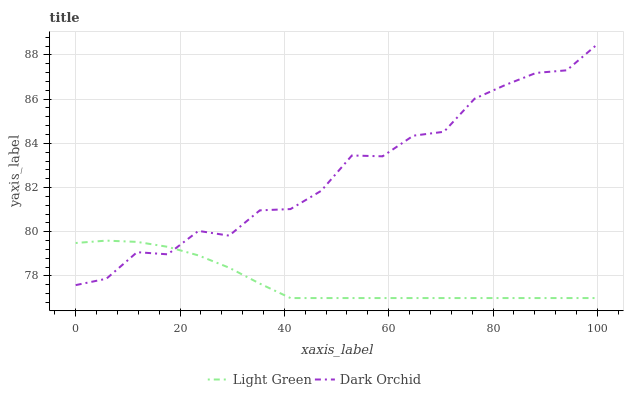
| xaxis_label | Light Green | Dark Orchid |
 | --- | --- | --- |
 | 0 | 79.5 | 77.6 |
 | 5.88 | 79.6 | 77.9 |
 | 11.8 | 79.5 | 79.1 |
 | 17.6 | 79.3 | 79 |
 | 23.5 | 78.9 | 80 |
 | 29.4 | 78.4 | 79.8 |
 | 35.3 | 77.7 | 81 |
 | 41.2 | 77 | 81 |
 | 47.1 | 77 | 81.9 |
 | 52.9 | 77 | 83.5 |
 | 58.8 | 77 | 83.4 |
 | 64.7 | 77 | 84.3 |
 | 70.6 | 77 | 84.5 |
 | 76.5 | 77 | 86 |
 | 82.4 | 77 | 86.6 |
 | 88.2 | 77 | 87.2 |
 | 94.1 | 77 | 87.3 |
 | 100 | 77 | 88.5 |